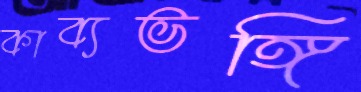
কাব্যভঙ্গি